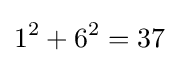
1^{2}+6^{2}=37